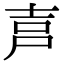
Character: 𡱠